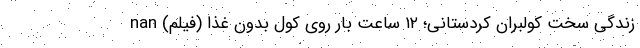
زندگی سخت کولبران کردستانی؛ ۱۲ ساعت بار روی کول بدون غذا (فیلم) nan